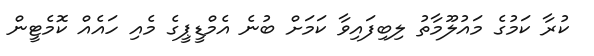
ކުރާ ކަމުގެ މައުލޫމާތު ލިބިފައިވާ ކަމަށް ބުނެ އެމްޑީޕީގެ މެއި ހައެއް ކޮމެޓީން